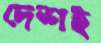
দেশই